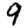
Digit: 9